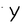
Character: Y